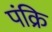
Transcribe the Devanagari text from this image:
पंक्रि